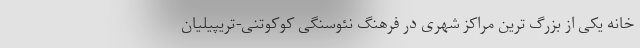
خانه یکی از بزرگ ترین مراکز شهری در فرهنگ نئوسنگی کوکوتنی-تریپیلیان